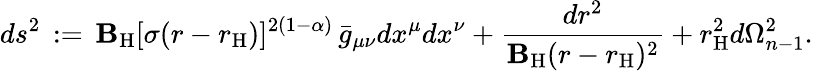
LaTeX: ds^{2}\, :=\, \mathbf{B}_{\mathrm{{H}}}[\sigma(r-r_{\mathrm{{H}}})]^{2(1-\alpha)}\, \bar{{g}}_{\mu\nu}dx^{\mu}dx^{\nu}+\frac{{dr^{2}}}{{\mathbf{B}_{\mathrm{{H}}}(r-r_{\mathrm{{H}}})^{2}}}+r_{\mathrm{{H}}}^{2}d\Omega_{n-1}^{2}.